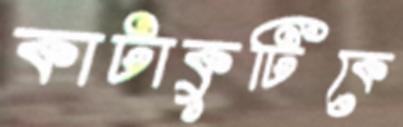
কাটাকুটিকে